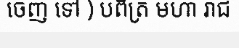
ចេញ ទៅ ) បពិត្រ មហា រាជ